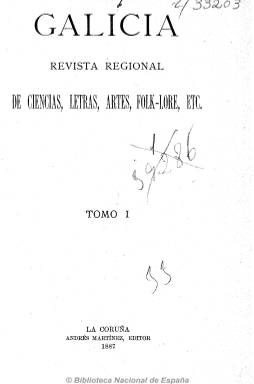
Título: Galicia (La Coruña. 1887)
Colección: Cultura || Literatura
Ámbito geográfico: La Coruña
Lugar de publicación: La Coruña
Fechas: 01/01/1887-31/12/1888

Subtitulada “revista regional de ciencias, letras, artes, folk-lore, etc.”, es la publicación más relevante de la cultura gallega de la época, vinculada estrechamente a Andrés Martínez Salazar (1846-1923), astorgano del cuerpo facultativo de archiveros y bibliotecarios, afincado en La Coruña desde 1872, y desde entonces uno de los más “entusiastas”, como señala Enrique Santos Galloso, representantes del movimiento denominado Rexurdimento o Renacimiento Pleno, como librero, impresor, historiógrafo y editor, quien en 1884 había fundado, junto a Juan Fernández Latorre, la Biblioteca Gallega, y que llegará a ser cronista oficial de La Coruña y fundador y director de la Real Academia Gallega.

De periodicidad mensual, compuesta a una columna y en números que llegan a alcanzar las setenta páginas, publica su primera entrega en enero de 1887. Sus textos están escritos tanto en castellano como en gallego, vinculados en gran parte al regionalismo liberal en expansión en el último tercio del siglo diecinueve, con artículos y ensayos de historia, arqueología, economía, filología, crítica literaria, biografía, bibliografía, etc., así como de creación literaria, especialmente poética. También inserta textos relativos a la problemática del campesinado y la emigración. Colaboran Manuel Muguía, Francisco María de la Iglesia, Marcial Valladares y Enrique Labarta, entre otros muchos.

La colección de la Biblioteca Nacional de España consta de dos tomos, con índices anuales, hasta su número de diciembre de 1888. En las entregas de diciembre inserta también los contenidos del Certamen Literario de Betanzos, promovido por el periódico de esta localidad, Las mariñas. Según Santos Galloso, esta primera época de la revista acaba en mayo de 1889, teniendo una segunda, entre julio de 1892 y junio de 1893.